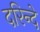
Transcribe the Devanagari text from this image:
दरिन्दे